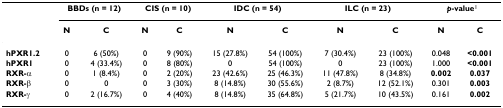
<table><thead><tr><td></td><td colspan="2"><b>BBDs (n = 12)</b></td><td colspan="2"><b>CIS (n = 10)</b></td><td colspan="2"><b>IDC (n = 54)</b></td><td colspan="2"><b>ILC (n = 23)</b></td><td colspan="2"><b><i>p</i>-value<sup>1</sup></b></td></tr><tr><td></td><td><b>N</b></td><td><b>C</b></td><td><b>N</b></td><td><b>C</b></td><td><b>N</b></td><td><b>C</b></td><td><b>N</b></td><td><b>C</b></td><td><b>N</b></td><td><b>C</b></td></tr></thead><tbody><tr><td><b>hPXR1.2</b></td><td>0</td><td>6 (50%)</td><td>0</td><td>9 (90%)</td><td>15 (27.8%)</td><td>54 (100%)</td><td>7 (30.4%)</td><td>23 (100%)</td><td>0.048</td><td><b>&lt;0.001</b></td></tr><tr><td><b>hPXR1</b></td><td>0</td><td>4 (33.4%)</td><td>0</td><td>8 (80%)</td><td>0</td><td>54 (100%)</td><td>0</td><td>23 (100%)</td><td>1.000</td><td><b>&lt;0.001</b></td></tr><tr><td><b>RXR-</b>α</td><td>0</td><td>1 (8.4%)</td><td>0</td><td>2 (20%)</td><td>23 (42.6%)</td><td>25 (46.3%)</td><td>11 (47.8%)</td><td>8 (34.8%)</td><td><b>0.002</b></td><td><b>0.037</b></td></tr><tr><td><b>RXR-</b>β</td><td>0</td><td>0</td><td>0</td><td>3 (30%)</td><td>8 (14.8%)</td><td>30 (55.6%)</td><td>2 (8.7%)</td><td>12 (52.1%)</td><td>0.301</td><td><b>0.003</b></td></tr><tr><td><b>RXR-</b>γ</td><td>0</td><td>2 (16.7%)</td><td>0</td><td>4 (40%)</td><td>8 (14.8%)</td><td>35 (64.8%)</td><td>5 (21.7%)</td><td>10 (43.5%)</td><td>0.161</td><td><b>0.002</b></td></tr></tbody></table>